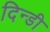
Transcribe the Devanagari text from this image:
दिन्डी